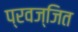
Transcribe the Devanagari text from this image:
प्रवज्जित